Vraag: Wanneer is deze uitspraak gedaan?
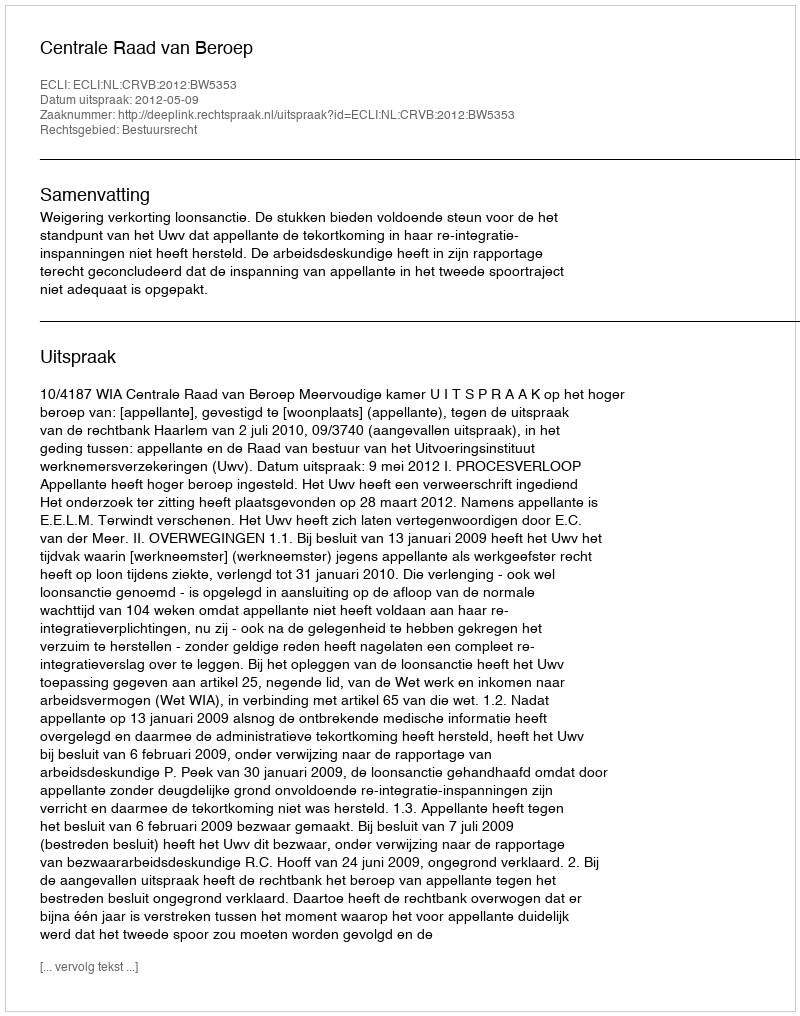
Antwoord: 2012-05-09